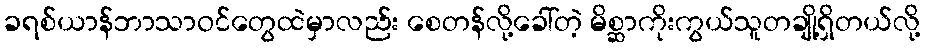
ခရစ်ယာန်ဘာသာဝင်တွေထဲမှာလည်း စေတန်လို့ခေါ်တဲ့ မိစ္ဆာကိုးကွယ်သူတချို့ရှိတယ်လို့